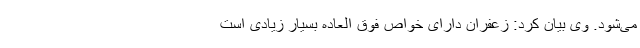
می‌شود. وی بیان کرد: زعفران دارای خواص فوق العاده بسیار زیادی است